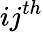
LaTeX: ij^{th}